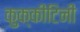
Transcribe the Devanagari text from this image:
कुक्कीटिनी